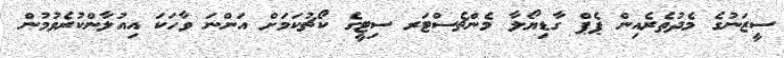
ސީޒަނުގެ މެދުތެރެއިން ޕެޕް ގާޑިޔޯލާ މެންޗެސްޓަރ ސިޓީގެ ކޯޗުކަމަށް އަންނަ ވާހަކަ އިއުލާންކުރެވުމުން